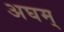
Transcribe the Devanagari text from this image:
अघम्